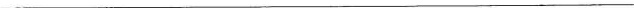
___